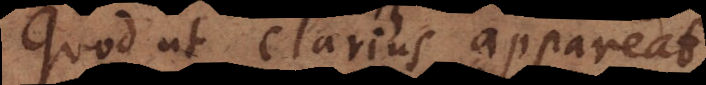
Quod ut clarius appareat